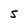
Character: S